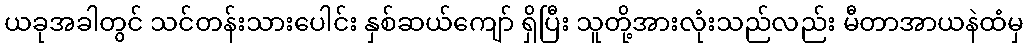
ယခုအခါတွင် သင်တန်းသားပေါင်း နှစ်ဆယ်ကျော် ရှိပြီး သူတို့အားလုံးသည်လည်း မီတာအာယနဲထံမှ